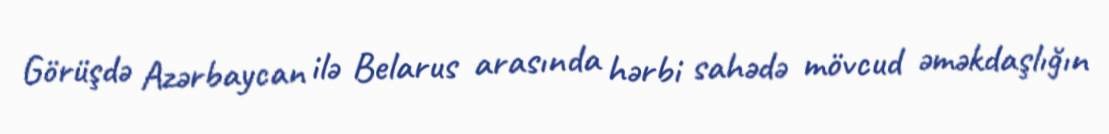
Görüşdə Azərbaycan ilə Belarus arasında hərbi sahədə mövcud əməkdaşlığın